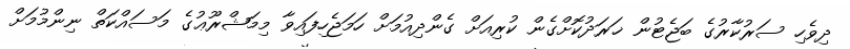
ދިވެހި ސަރުކާރުގެ ބަޖެޓުން ޚަރަދުކޮށްގެން ކުރިއަށް ގެންދިއުމަށް ހަމަޖެހިފައިވާ މިމަޝްރޫޢުގެ މަސައްކަތް ނިންމުމަށް